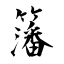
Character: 籓